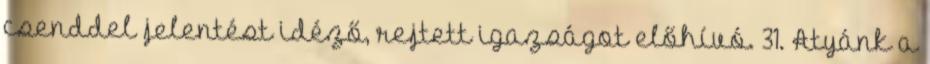
csenddel jelentést idéző, rejtett igazságot előhívó. 31. Atyánk a